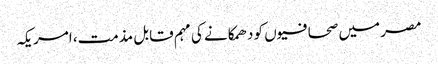
مصر میں صحافیوں کو دھمکانے کی مہم قابل مذمت، امریکہ